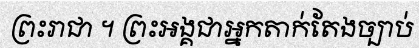
ព្រះរាជា ។ ព្រះអង្គជាអ្នកតាក់តែងច្បាប់